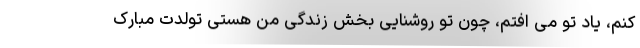
کنم، یاد تو می افتم، چون تو روشنایی بخش زندگی من هستی تولدت مبارک